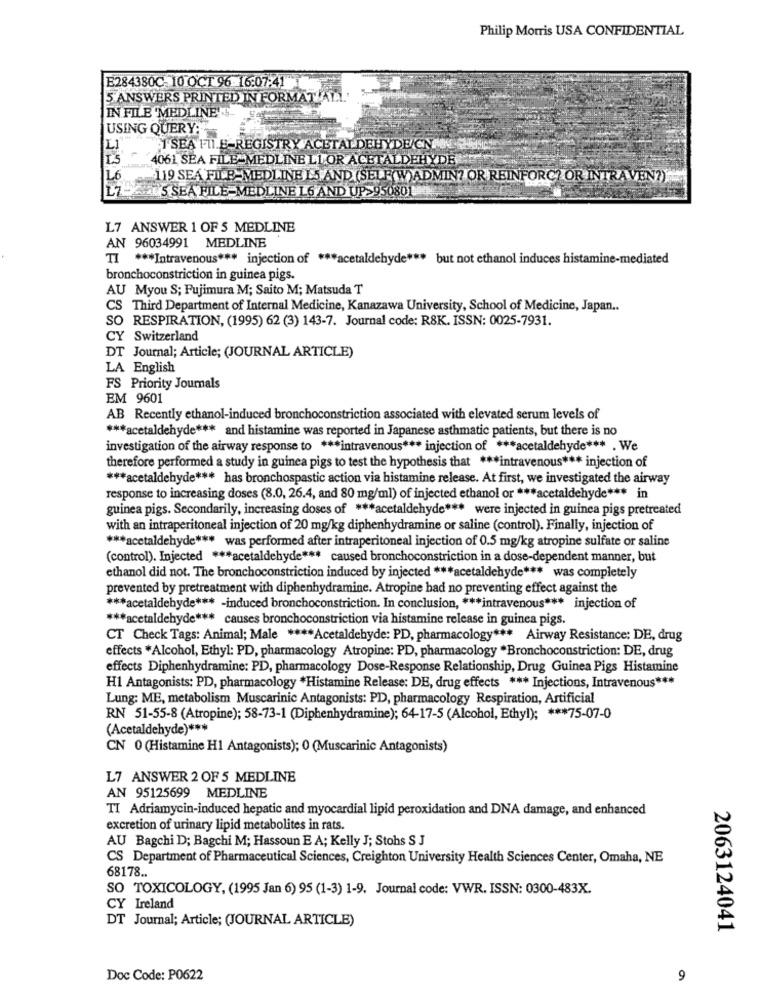
Philip Morris USA CONFIDENTIAL
E284380C-10 OCT 96-16:07:41
5 ANSWERS PRINTED IN FORMAT ALL'
IN FILE 'MEDLINE" !!
USING QUERY:
L1
SEA FILE-REGISTRY ACETAL DEHYDE/CN
4061 SEA FILE-MEDLINE LL OR ACETALDEHYDE
L6
119 SEA FILE-MEDLINE LS AND (SELF(W)ADMIN? OR REINFORC? OR INTRAVEN?)
D'S SEA FILE-MEDLINE L6 AND UP>950801
L7 ANSWER 1 OF 5 MEDLINE
AN 96034991 MEDLINE
TI *** Intravenous *** injection of *** acetaldehyde *** but not ethanol induces histamine-mediated
bronchoconstriction in guinea pigs.
AU Myou S; Fujimura M; Saito M; Matsuda T
CS Third Department of Internal Medicine, Kanazawa University, School of Medicine, Japan ..
SO RESPIRATION, (1995) 62 (3) 143-7. Journal code: R8K. ISSN: 0025-7931.
CY Switzerland
DT Journal; Article; (JOURNAL ARTICLE)
LA English
FS Priority Journals
EM 9601
AB Recently ethanol-induced bronchoconstriction associated with elevated serum levels of
*** acetaldehyde *** and histamine was reported in Japanese asthmatic patients, but there is no
investigation of the airway response to *** intravenous *** injection of *** acetaldehyde *** . We
therefore performed a study in guinea pigs to test the hypothesis that *** intravenous *** injection of
*** acetaldehyde *** has bronchospastic action via histamine release. At first, we investigated the airway
response to increasing doses (8.0, 26.4, and 80 mg/ml) of injected ethanol or *** acetaldehyde *** in
guinea pigs. Secondarily, increasing doses of *** acetaldehyde *** were injected in guinea pigs pretreated
with an intraperitoneal injection of 20 mg/kg diphenhydramine or saline (control). Finally, injection of
*** acetaldehyde *** was performed after intraperitoneal injection of 0.5 mg/kg atropine sulfate or saline
(control). Injected *** acetaldehyde *** caused bronchoconstriction in a dose-dependent manner, but
ethanol did not. The bronchoconstriction induced by injected *** acetaldehyde *** was completely
prevented by pretreatment with diphenhydramine. Atropine had no preventing effect against the
*** acetaldehyde *** - induced bronchoconstriction. In conclusion, *** intravenous *** injection of
*** acetaldehyde *** causes bronchoconstriction via histamine release in guinea pigs.
CT Check Tags: Animal; Male **** Acetaldehyde: PD, pharmacology *** Airway Resistance: DE, drug
effects *Alcohol, Ethyl: PD, pharmacology Atropine: PD, pharmacology *Bronchoconstriction: DE, drug
effects Diphenhydramine: PD, pharmacology Dose-Response Relationship, Drug Guinea Pigs Histamine
H1 Antagonists: PD, pharmacology *Histamine Release: DE, drug effects *** Injections, Intravenous ***
Lung: ME, metabolism Muscarinic Antagonists: PD, pharmacology Respiration, Artificial
RN 51-55-8 (Atropine); 58-73-1 (Diphenhydramine); 64-17-5 (Alcohol, Ethyl); *** 75-07-0
(Acetaldehyde) ***
CN 0 (Histamine H1 Antagonists); 0 (Muscarinic Antagonists)
L7 ANSWER 2 OF 5 MEDLINE
AN 95125699 MEDLINE
TI Adriamycin-induced hepatic and myocardial lipid peroxidation and DNA damage, and enhanced
excretion of urinary lipid metabolites in rats.
AU Bagchi D; Bagchi M; Hassoun E A; Kelly J; Stohs S J
CS Department of Pharmaceutical Sciences, Creighton University Health Sciences Center, Omaha, NE
68178 ..
SO TOXICOLOGY, (1995 Jan 6) 95 (1-3) 1-9. Journal code: VWR. ISSN: 0300-483X.
CY Ireland
DT Journal; Article; (JOURNAL ARTICLE)
2063124041
Doc Code: P0622
9